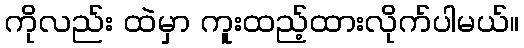
ကိုလည်း ထဲမှာ ကူးထည့်ထားလိုက်ပါမယ်။